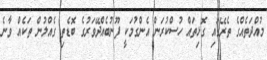
މުއްދަތެއްގެ ތެރޭގައި ގޮޅިތައް ހުސްކުރަން އެންގުމަކީ ފޫނުބެއްދޭވަރުގެ ބޮޑެތި ގެއްލުން ތަކެއް ވާނެ